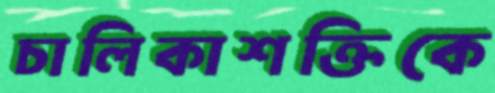
চালিকাশক্তিকে